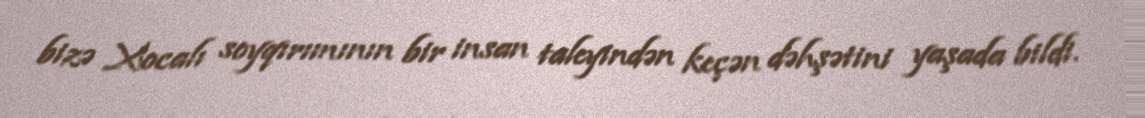
bizə Xocalı soyqırımının bir insan taleyindən keçən dəhşətini yaşada bildi.